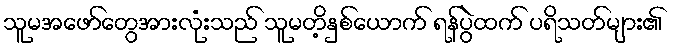
သူမအဖော်တွေအားလုံးသည် သူမတိ့နှစ်ယောက် ရန်ပွဲထက် ပရိသတ်များ၏